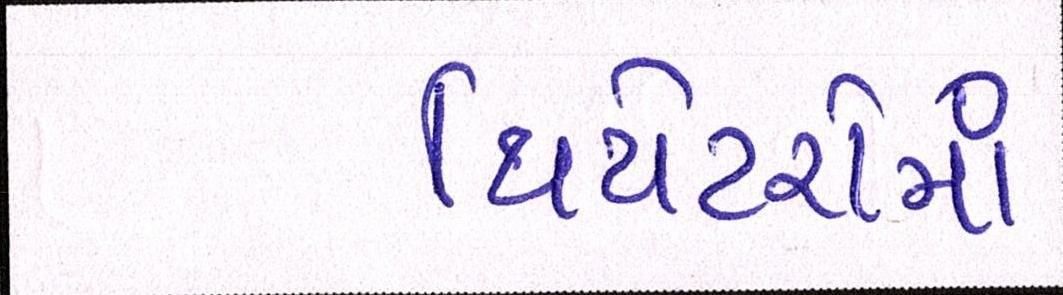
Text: થિયેટરોમાં